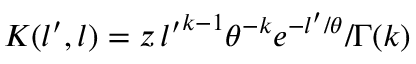
K ( l ^ { \prime } , l ) = z \, { l ^ { \prime } } ^ { k - 1 } \theta ^ { - k } e ^ { - l ^ { \prime } / \theta } / \Gamma ( k )